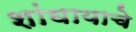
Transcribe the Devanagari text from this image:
शांघायाचे